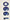
1990